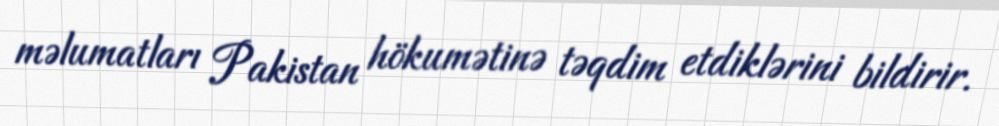
məlumatları Pakistan hökumətinə təqdim etdiklərini bildirir.